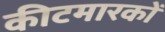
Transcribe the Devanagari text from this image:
कीटमारकों